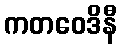
ကတဝေဒိနီ